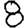
Digit: 8